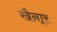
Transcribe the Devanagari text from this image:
खैना्र